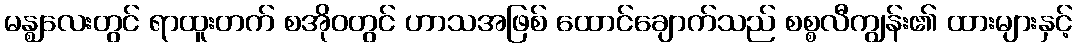
မန္ဈလေးတွင် ရာထူးတက် စအိုဝတွင် ဟာသအဖြစ် ထောင်ချောက်သည် စစ္စလီကျွန်း၏ ထားများနှင့်